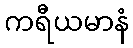
ကရီယမာနံ